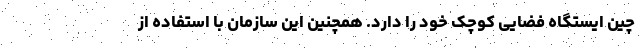
چین ایستگاه فضایی کوچک خود را دارد. همچنین این سازمان با استفاده از